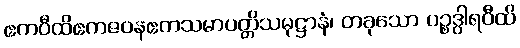
ဧကဝီထိဧကဇဝနဧကသမာပတ္တိသမုဋ္ဌာနံ၊ တခုသော ပဉ္စဒွါရဝီထိ